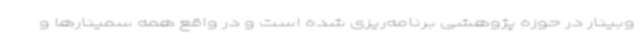
وبینار در حوزه پژوهشی برنامه‌ریزی شده است و در واقع همه سمینارها و